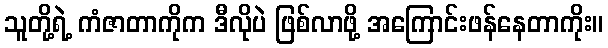
သူတို့ရဲ့ ကံဇာတာကိုက ဒီလိုပဲ ဖြစ်လာဖို့ အကြောင်းဖန်နေတာကိုး။